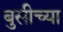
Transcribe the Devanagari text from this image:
बुसीच्या